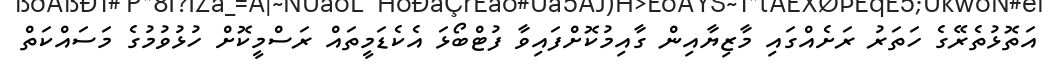
އަތޮޅުތެރޭގެ ހަތަރު ރަށެއްގައި މާޒިޔާއިން ގާއިމުކޮށްފައިވާ ފުޓްބޯޅަ އެކެޑަމީތައް ރަސްމީކޮށް ހުޅުވުމުގެ މަސައްކަތް